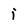
Character: i